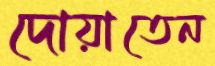
দোয়াতেন